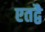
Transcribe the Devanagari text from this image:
एतद्वै